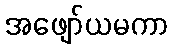
အဖျော်ယမကာ